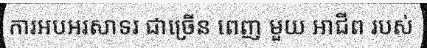
ការអបអរសាទរ ជាច្រើន ពេញ មួយ អាជីព របស់